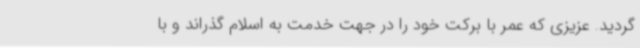
گردید. عزیزی که عمر با برکت خود را در جهت خدمت به اسلام گذراند و با